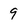
Character: 9